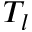
T _ { l }